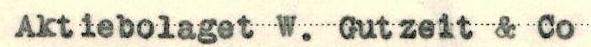
Aktiebolaget W. Gutzeit & Co